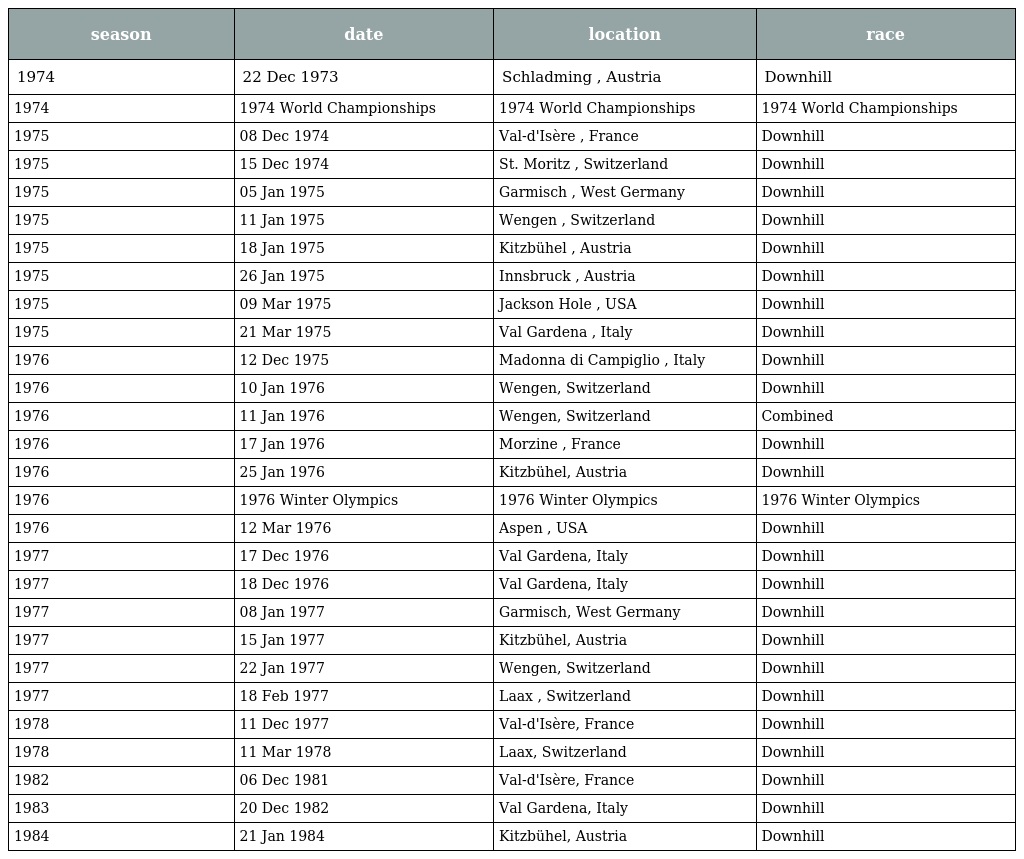
| season | date | location | race |
 | --- | --- | --- | --- |
 | 1974 | 22 Dec 1973 | Schladming , Austria | Downhill |
 | 1974 | 1974 World Championships | 1974 World Championships | 1974 World Championships |
 | 1975 | 08 Dec 1974 | Val-d'Isère , France | Downhill |
 | 1975 | 15 Dec 1974 | St. Moritz , Switzerland | Downhill |
 | 1975 | 05 Jan 1975 | Garmisch , West Germany | Downhill |
 | 1975 | 11 Jan 1975 | Wengen , Switzerland | Downhill |
 | 1975 | 18 Jan 1975 | Kitzbühel , Austria | Downhill |
 | 1975 | 26 Jan 1975 | Innsbruck , Austria | Downhill |
 | 1975 | 09 Mar 1975 | Jackson Hole , USA | Downhill |
 | 1975 | 21 Mar 1975 | Val Gardena , Italy | Downhill |
 | 1976 | 12 Dec 1975 | Madonna di Campiglio , Italy | Downhill |
 | 1976 | 10 Jan 1976 | Wengen, Switzerland | Downhill |
 | 1976 | 11 Jan 1976 | Wengen, Switzerland | Combined |
 | 1976 | 17 Jan 1976 | Morzine , France | Downhill |
 | 1976 | 25 Jan 1976 | Kitzbühel, Austria | Downhill |
 | 1976 | 1976 Winter Olympics | 1976 Winter Olympics | 1976 Winter Olympics |
 | 1976 | 12 Mar 1976 | Aspen , USA | Downhill |
 | 1977 | 17 Dec 1976 | Val Gardena, Italy | Downhill |
 | 1977 | 18 Dec 1976 | Val Gardena, Italy | Downhill |
 | 1977 | 08 Jan 1977 | Garmisch, West Germany | Downhill |
 | 1977 | 15 Jan 1977 | Kitzbühel, Austria | Downhill |
 | 1977 | 22 Jan 1977 | Wengen, Switzerland | Downhill |
 | 1977 | 18 Feb 1977 | Laax , Switzerland | Downhill |
 | 1978 | 11 Dec 1977 | Val-d'Isère, France | Downhill |
 | 1978 | 11 Mar 1978 | Laax, Switzerland | Downhill |
 | 1982 | 06 Dec 1981 | Val-d'Isère, France | Downhill |
 | 1983 | 20 Dec 1982 | Val Gardena, Italy | Downhill |
 | 1984 | 21 Jan 1984 | Kitzbühel, Austria | Downhill |